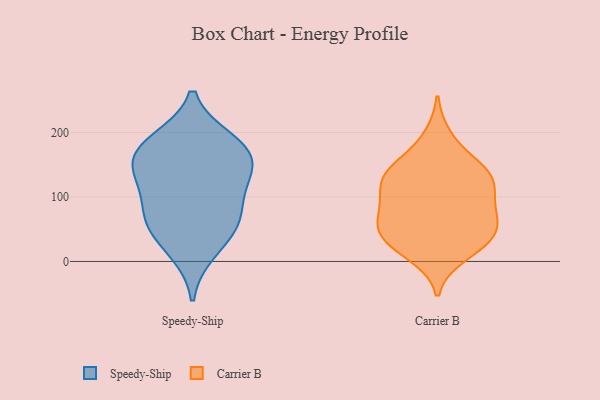
{"axis": {"x": "LTV (USD)", "y": "Value"}, "legend": ["Carrier B", "Speedy-Ship"], "data": [{"x": "", "y": 72, "type": "Speedy-Ship"}, {"x": "", "y": 133, "type": "Speedy-Ship"}, {"x": "", "y": 187, "type": "Speedy-Ship"}, {"x": "", "y": 149, "type": "Speedy-Ship"}, {"x": "", "y": 60, "type": "Speedy-Ship"}, {"x": "", "y": 141, "type": "Speedy-Ship"}, {"x": "", "y": 16, "type": "Speedy-Ship"}, {"x": "", "y": 177, "type": "Speedy-Ship"}, {"x": "", "y": 52, "type": "Speedy-Ship"}, {"x": "", "y": 99, "type": "Speedy-Ship"}, {"x": "", "y": 177, "type": "Speedy-Ship"}, {"x": "", "y": 141, "type": "Carrier B"}, {"x": "", "y": 77, "type": "Carrier B"}, {"x": "", "y": 120, "type": "Carrier B"}, {"x": "", "y": 10, "type": "Carrier B"}, {"x": "", "y": 78, "type": "Carrier B"}, {"x": "", "y": 140, "type": "Carrier B"}, {"x": "", "y": 23, "type": "Carrier B"}, {"x": "", "y": 121, "type": "Carrier B"}, {"x": "", "y": 34, "type": "Carrier B"}, {"x": "", "y": 153, "type": "Carrier B"}, {"x": "", "y": 45, "type": "Carrier B"}, {"x": "", "y": 56, "type": "Carrier B"}, {"x": "", "y": 193, "type": "Carrier B"}, {"x": "", "y": 65, "type": "Carrier B"}, {"x": "", "y": 125, "type": "Carrier B"}, {"x": "", "y": 37, "type": "Carrier B"}, {"x": "", "y": 101, "type": "Carrier B"}]}